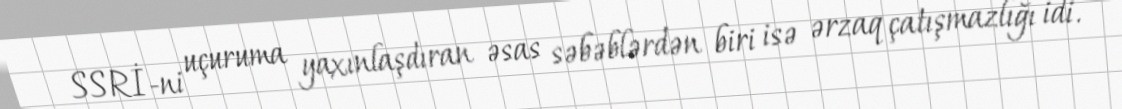
SSRİ-ni uçuruma yaxınlaşdıran əsas səbəblərdən biri isə ərzaq çatışmazlığı idi.